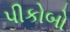
પીકોબો